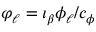
\varphi _ { \ell } = \iota _ { \beta } \phi _ { \ell } / c _ { \phi }